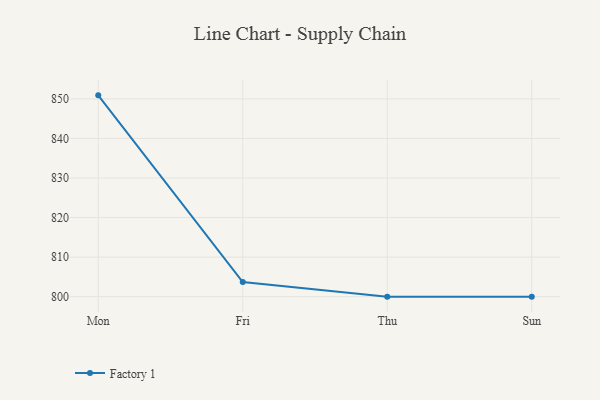
{"axis": {"x": "Day", "y": "Gross Profit (USD K)"}, "legend": ["Factory 1"], "data": [{"x": "Mon", "y": 850.9, "type": "Factory 1"}, {"x": "Fri", "y": 803.7, "type": "Factory 1"}, {"x": "Thu", "y": 800, "type": "Factory 1"}, {"x": "Sun", "y": 800, "type": "Factory 1"}]}